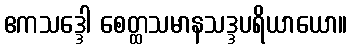
ဧကသဒ္ဒေါ စေတ္ထသမာနသဒ္ဒပရိယာယော။